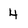
Character: 4